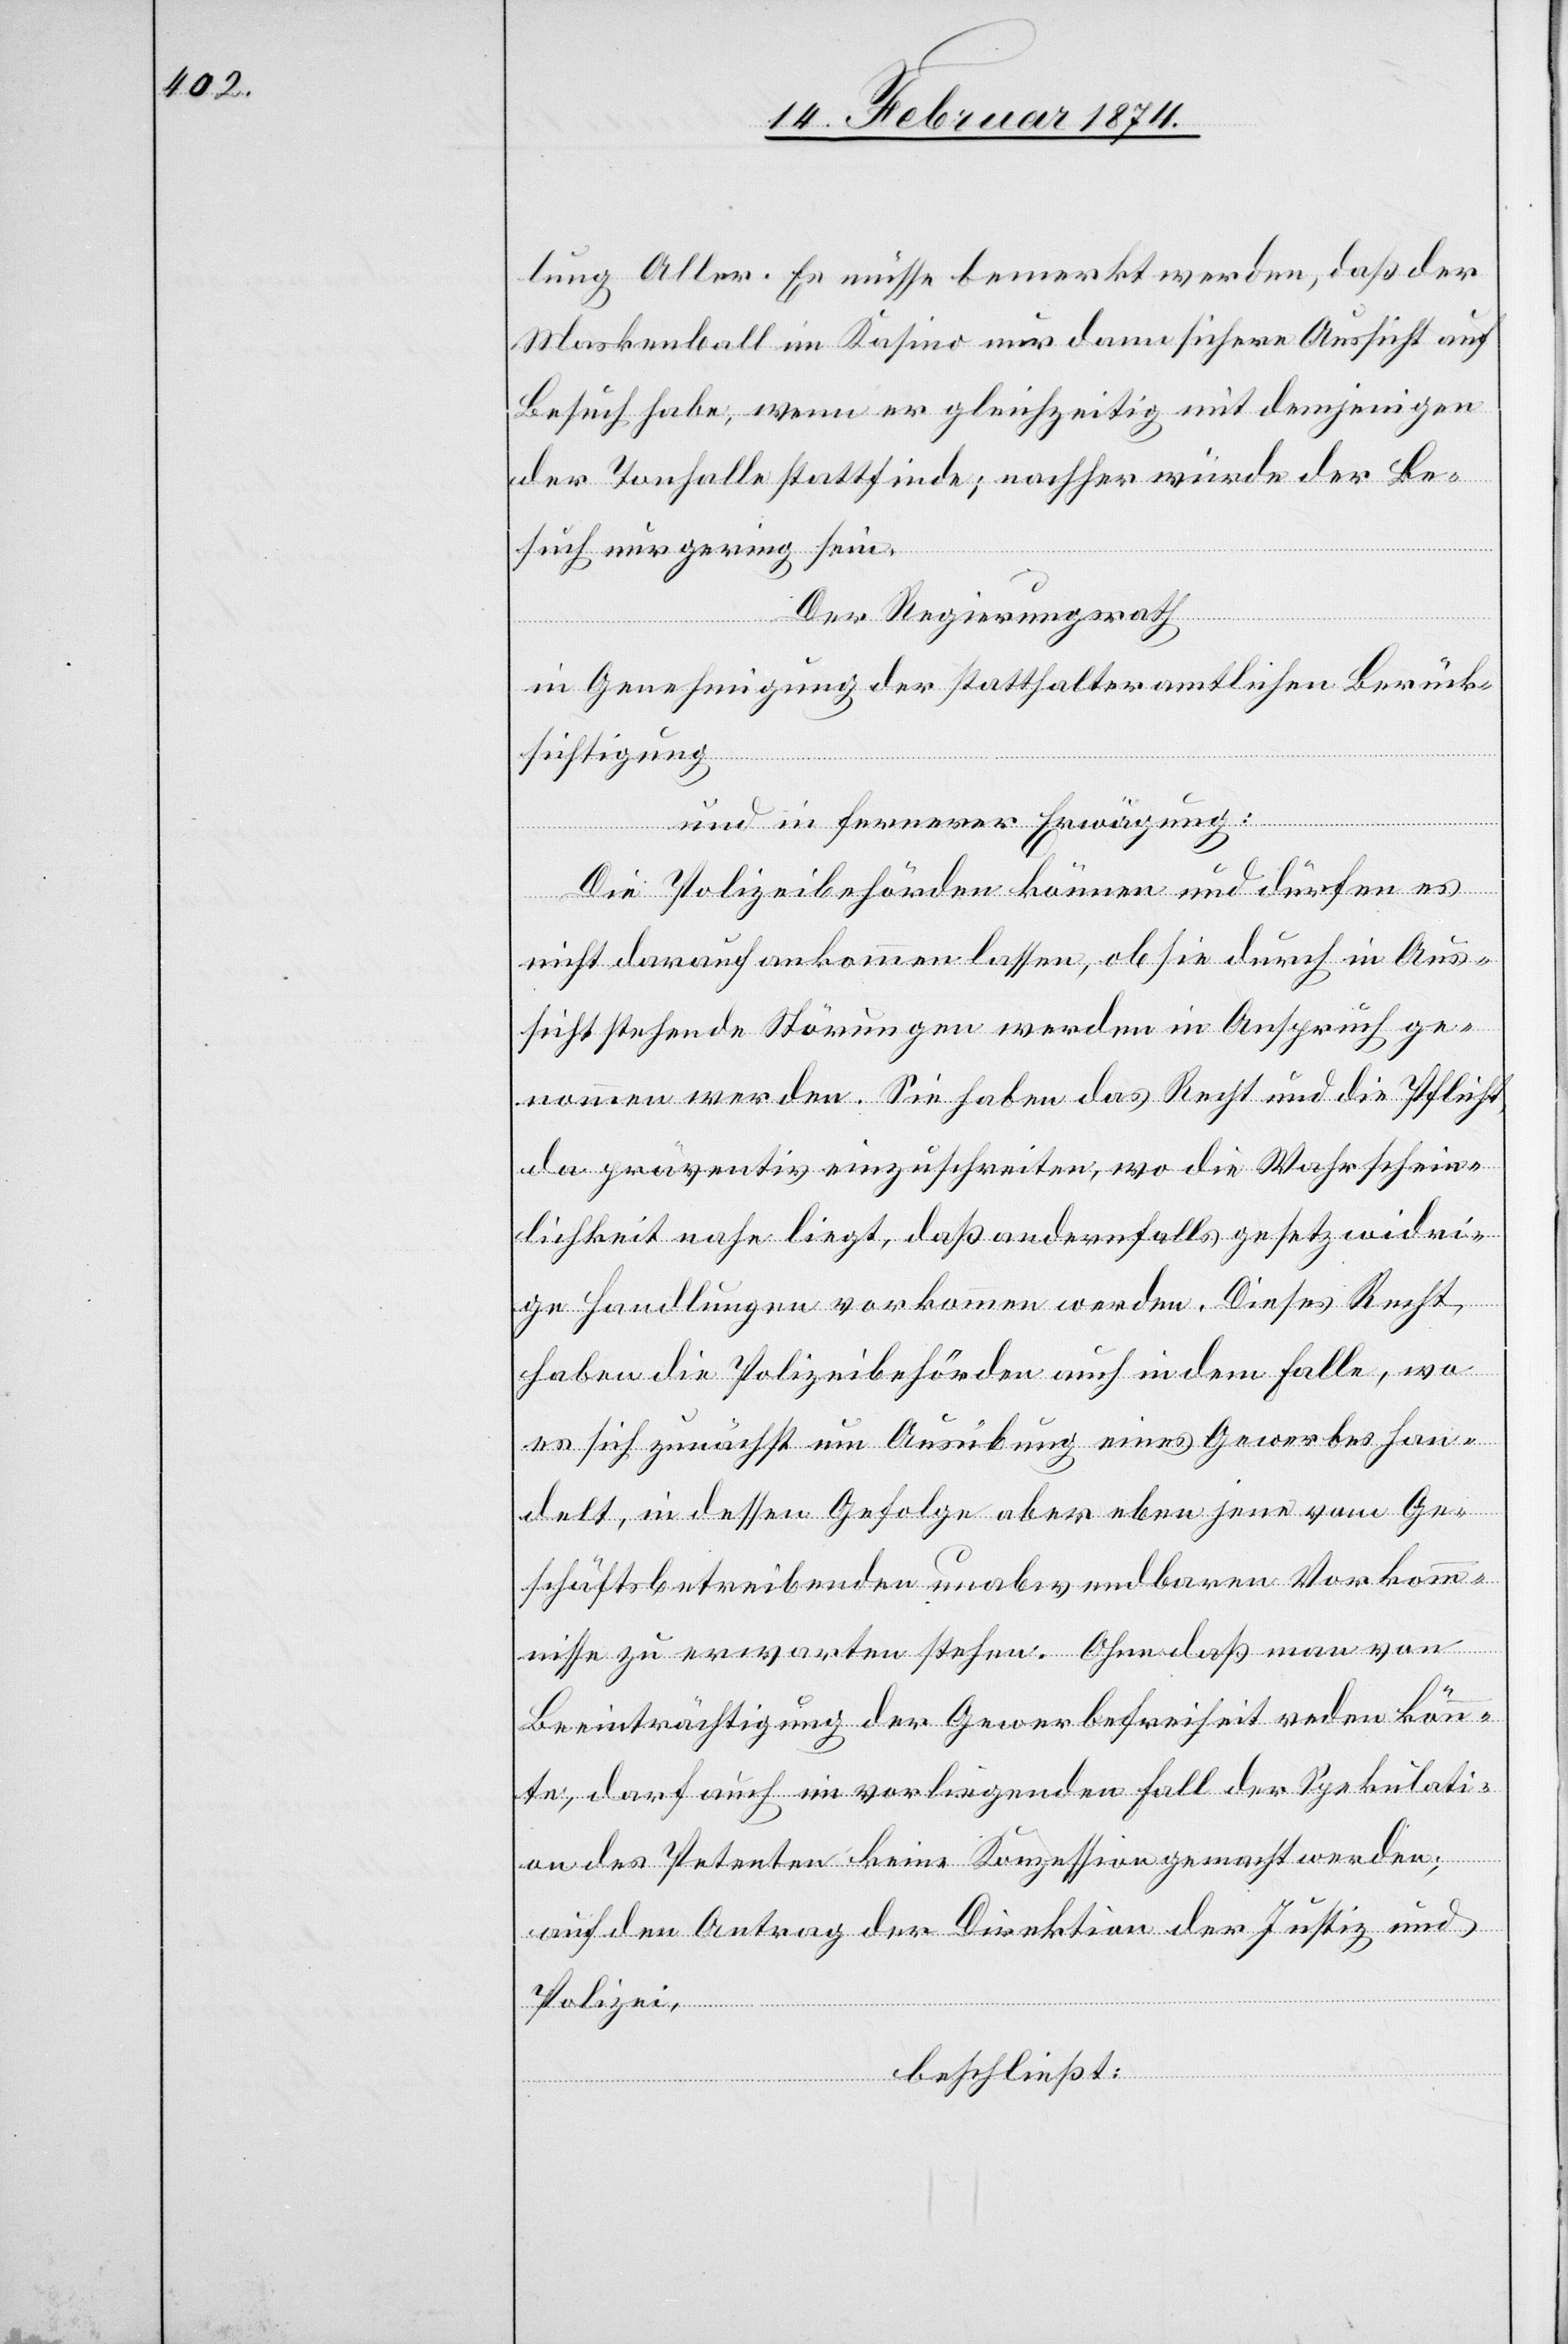
lung Aller. Es müsse bemerkt werden, daß der
Maskenball im Kasino nur dann sichere Aussicht auf
Besuch habe, wenn er gleichzeitig mit demjenigen
der Tonhalle stattfinde; nachher würde der Be¬
such nur gering sein.
Der Regierungsrath
in Genehmigung der statthalteramtlichen Berück¬
sichtigung
und in fernerer Erwägung:
Die Polizeibehörden können und dürfen es
nicht darauf ankommen lassen, ob sie durch in Aus¬
sicht stehende Störungen werden in Anspruch ge¬
nommen werden. Sie haben das Recht und die Pflicht,
da präventiv einzuschreiten, wo die Wahrschein¬
lichkeit nahe liegt, daß andernfalls gesetzwidri¬
ge Handlungen vorkommen werden. Dieses Recht,
haben die Polizeibehörden auch in dem Falle, wo
es sich zunächst um Ausübung eines Gewerbes han¬
delt, in dessen Gefolge aber eben jene vom Ge¬
schäftsbetreibenden unabwendbaren Vorkom¬
mnisse zu erwarten stehen. Ohne daß man von
Beeinträchtigung der Gewerbefreiheit reden könn¬
te, darf auch im vorliegenden Fall der Spekulati¬
on des Petenten keine Konzession gemacht werden;
auf den Antrag der Direktion der Justiz und
Polizei,
beschließt: